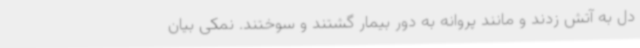
دل به آتش زدند و مانند پروانه به دور بیمار گشتند و سوختند. نمکی بیان